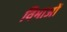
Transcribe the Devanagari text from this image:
विभाओं